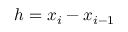
h = x _ { i } - x _ { i - 1 }